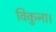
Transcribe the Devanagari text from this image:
विकुना।